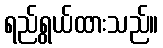
ရည်ရွယ်ထားသည်။